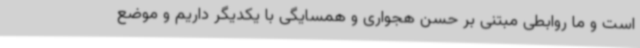
است و ما روابطی مبتنی بر حسن هجواری و همسایگی با یکدیگر داریم و موضع